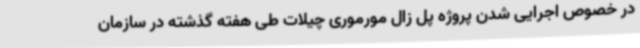
در خصوص اجرایی شدن پروژه پل زال مورموری چیلات طی هفته گذشته در سازمان